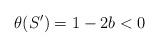
LaTeX: \begin{align*} \theta(S')=1-2b<0\end{align*}